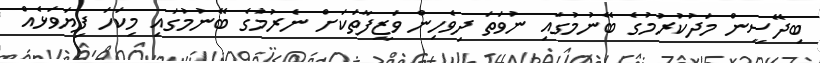
ބިދޭސީން މަދުކުރުމުގެ ބޭނުމުގައި ނުވަތަ ދިވެހިން ވަޒީފާތަކަށް ނެރުމުގެ ބޭނުމުގައި މިކަހަަ ފިޔަވަޅެއް